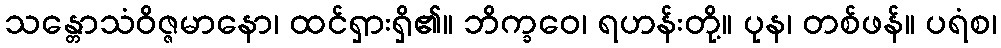
သန္တောသံဝိဇ္ဇမာနော၊ ထင်ရှားရှိ၏။ ဘိက္ခဝေ၊ ရဟန်းတို့။ ပုန၊ တစ်ဖန်။ ပရံစ၊